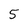
Character: 5